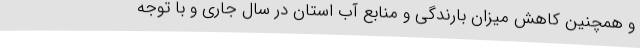
و همچنین کاهش میزان بارندگی و منابع آب استان در سال جاری و با توجه